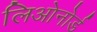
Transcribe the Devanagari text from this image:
लिओनोर्ड